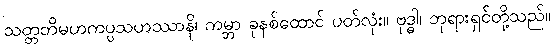
သတ္တတိမဟကပ္ပသဟဿာနိ၊ ကမ္ဘာ ခုနစ်ထောင် ပတ်လုံး။ ဗုဒ္ဓါ၊ ဘုရားရှင်တို့သည်။